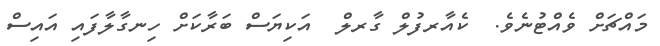
މައްޗަށް ވެއްޓުނެވެ.  ކެއާރފުލް ގާރލް  އަކިޔަސް ބަރާކަށް ހިނގާލާފައި އައިސް